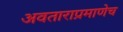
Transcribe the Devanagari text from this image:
अवताराप्रमाणेच